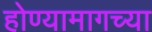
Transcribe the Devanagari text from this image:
होण्यामागच्या